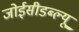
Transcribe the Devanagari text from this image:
जोईसीडब्ल्यू